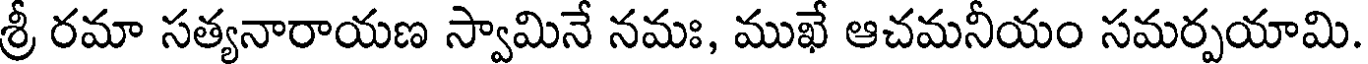
శ్రీ రమా సత్యనారాయణ స్వామినే నమః, ముఖే ఆచమనీయం సమర్పయామి.